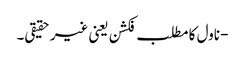
- ناول کا مطلب فکشن یعنی غیر حقیقی۔